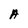
Character: A